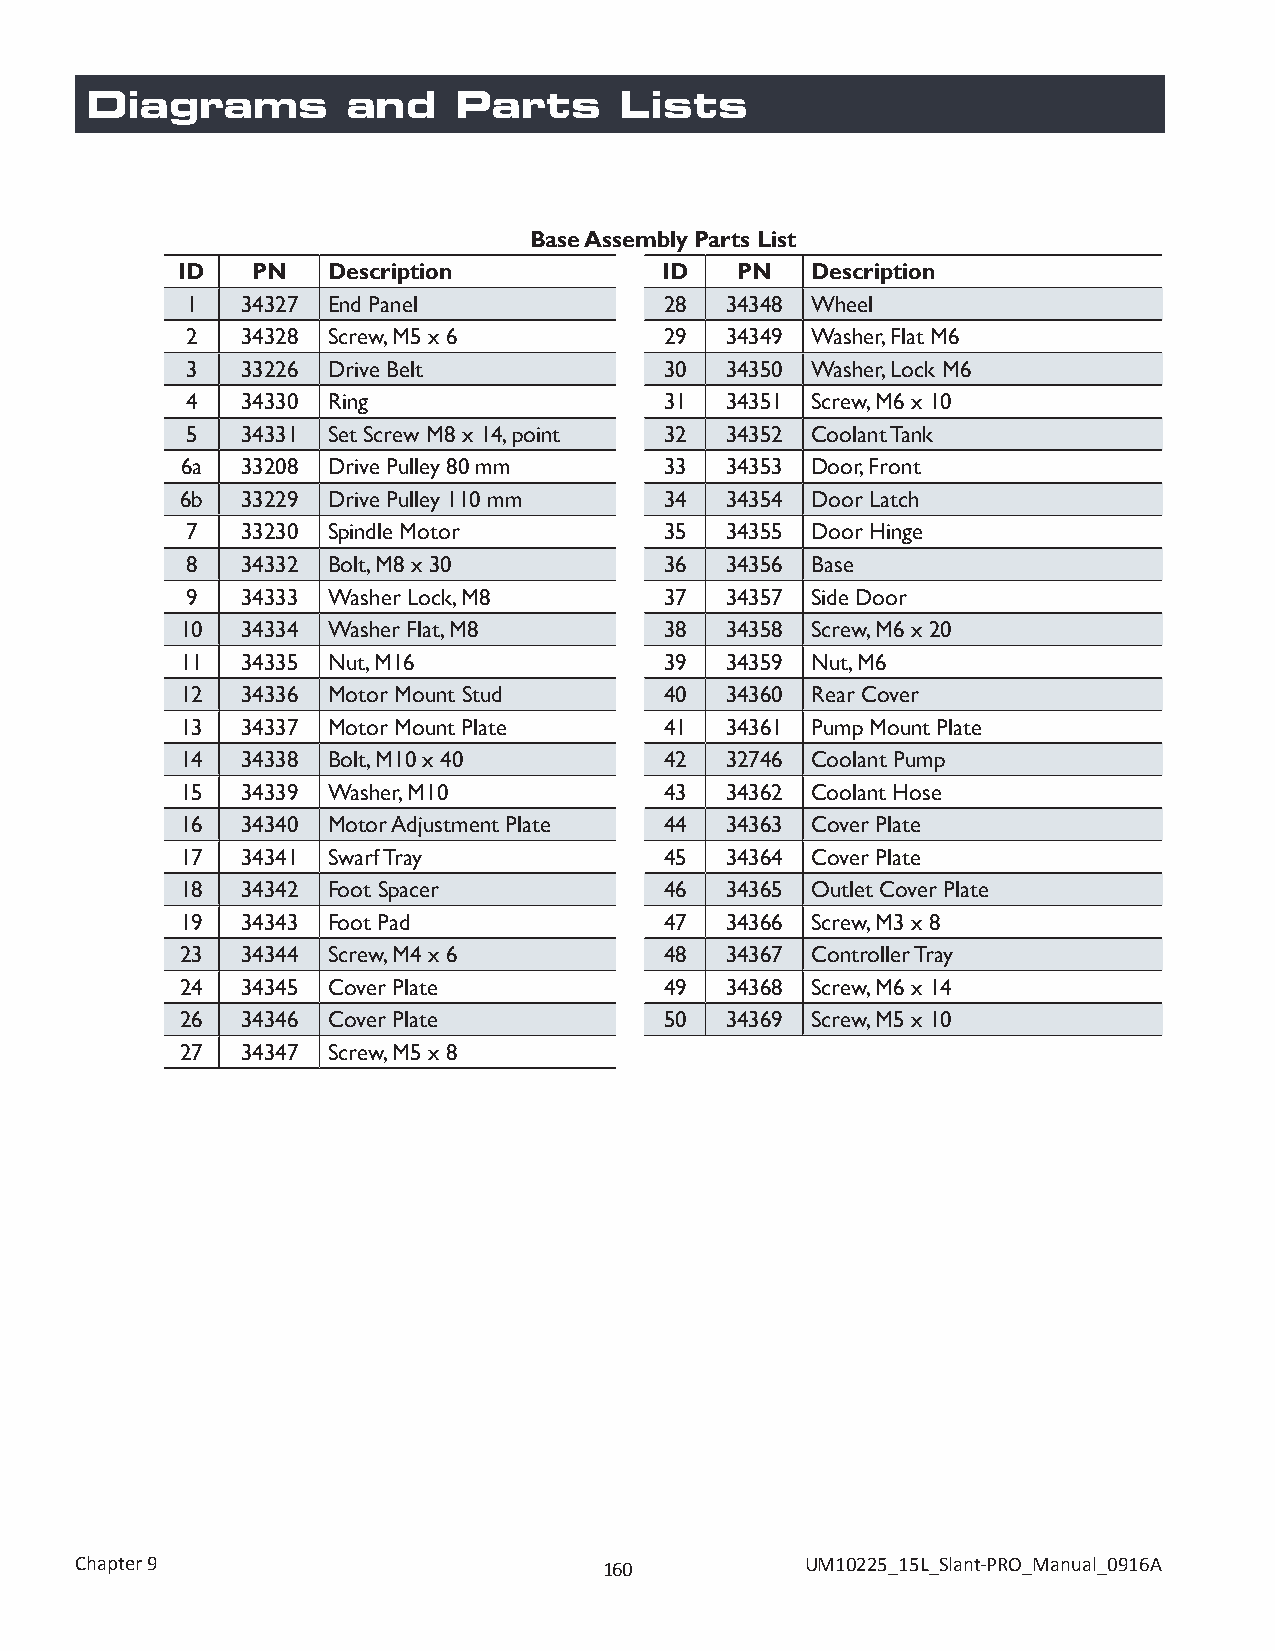
Diagrams         and    Parts      Lists
 Base Assembly Parts List
 ID   PN   Description           ID   PN   Description
 1   34327 End Panel             28  34348 Wheel
 2   34328 Screw, M5 x 6         29  34349 Washer, Flat M6
 3   33226 Drive Belt            30  34350 Washer, Lock M6
 4   34330 Ring                  31  34351 Screw, M6 x 10
 5   34331 Set Screw M8 x 14, point 32 34352 Coolant Tank
 6a  33208 Drive Pulley 80 mm    33  34353 Door, Front
 6b  33229 Drive Pulley 110 mm   34  34354 Door Latch
 7   33230 Spindle Motor         35  34355 Door Hinge
 8   34332 Bolt, M8 x 30         36  34356 Base
 9   34333 Washer Lock, M8       37  34357 Side Door
 10  34334 Washer Flat, M8       38  34358 Screw, M6 x 20
 11  34335 Nut, M16              39  34359 Nut, M6
 12  34336 Motor Mount Stud      40  34360 Rear Cover
 13  34337 Motor Mount Plate     41  34361 Pump Mount Plate
 14  34338 Bolt, M10 x 40        42  32746 Coolant Pump
 15  34339 Washer, M10           43  34362 Coolant Hose
 16  34340 Motor Adjustment Plate 44 34363 Cover Plate
 17  34341 Swarf Tray            45  34364 Cover Plate
 18  34342 Foot Spacer           46  34365 Outlet Cover Plate
 19  34343 Foot Pad              47  34366 Screw, M3 x 8
 23  34344 Screw, M4 x 6         48  34367 Controller Tray
 24  34345 Cover Plate           49  34368 Screw, M6 x 14
 26  34346 Cover Plate           50  34369 Screw, M5 x 10
 27  34347 Screw, M5 x 8
 Chapter 9                          160          UM10225_15L_Slant-PRO_Manual_0916A